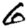
Digit: 6